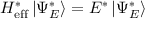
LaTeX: H _ { \mathrm { e f f } } ^ { * } \left| \Psi _ { E } ^ { * } \right\rangle = E ^ { * } \left| \Psi _ { E } ^ { * } \right\rangle